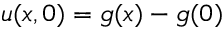
u ( x , 0 ) = g ( x ) - g ( 0 )